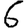
Digit: 6